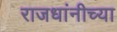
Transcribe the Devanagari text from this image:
राजधांनीच्या